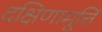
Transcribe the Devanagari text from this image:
दक्षिणामूर्त्ति